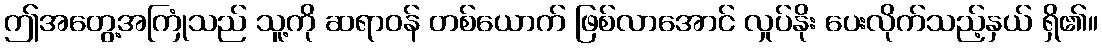
ဤအတွေ့အကြုံသည် သူ့ကို ဆရာဝန် တစ်ယောက် ဖြစ်လာအောင် လှုပ်နိုး ပေးလိုက်သည့်နှယ် ရှိ၏။